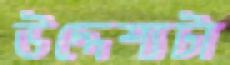
উদ্দেশ্যটা